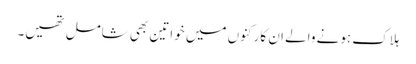
ہلاک ہونے والے ان کارکنوں میں خواتین بھی شامل تھیں۔